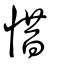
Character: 惜